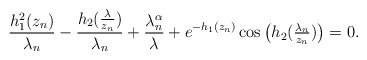
\begin{align*} \frac{h^2_1 (z_n)}{\lambda_n} - \frac{h_2(\tfrac{\lambda}{z_n})}{\lambda_n} + \frac{\lambda_n^\alpha}{\lambda} + e^{-h_1 (z_n)} \cos \big(h_2 (\tfrac{\lambda_n}{z_n}) \big) = 0. \end{align*}